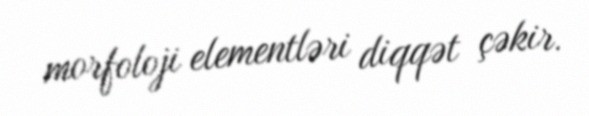
morfoloji elementləri diqqət çəkir.